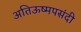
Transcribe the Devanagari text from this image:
अतिऊष्मपसंदी